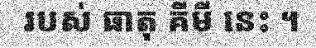
របស់ ធាតុ គីមី នេះ ។